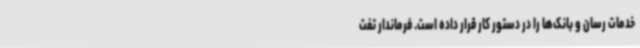
خدمات رسان و بانک‌ها را در دستور کار قرار داده است. فرماندار تفت